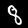
Digit: 8